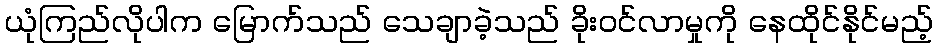
ယုံကြည်လိုပါက မြောက်သည် သေချာခဲ့သည် ခိုးဝင်လာမှုကို နေထိုင်နိုင်မည့်